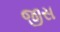
જીસ